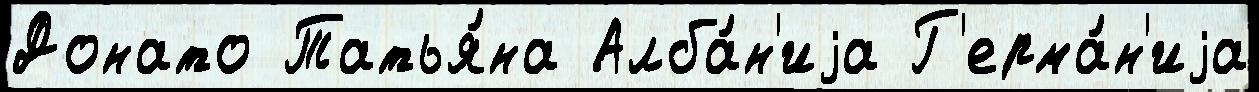
Донато Татья́на Алба́н'иjа Г'ерма́н'иjа